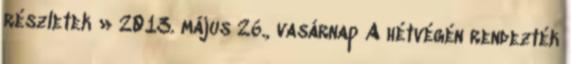
részletek » 2013. május 26., vasárnap A hétvégén rendezték